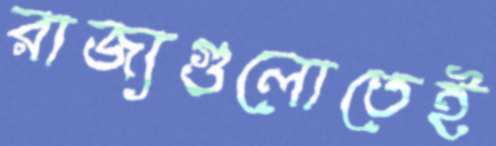
রাজ্যগুলোতেই